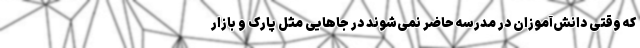
که وقتی دانش‌آموزان در مدرسه حاضر نمی‌شوند در جاهایی مثل پارک و بازار